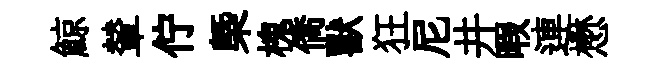
鯨輦佇㮣槐僑獸狂尼井暇連懋